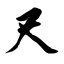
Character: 尺